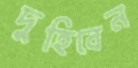
দুহিবেন